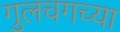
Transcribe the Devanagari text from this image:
गुलचगच्या